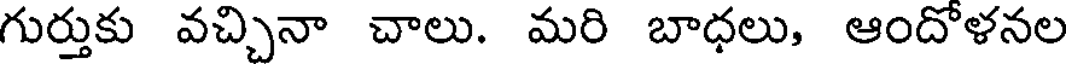
గుర్తుకు వచ్చినా చాలు. మరి బాధలు, ఆందోళనల